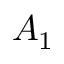
A _ { 1 }